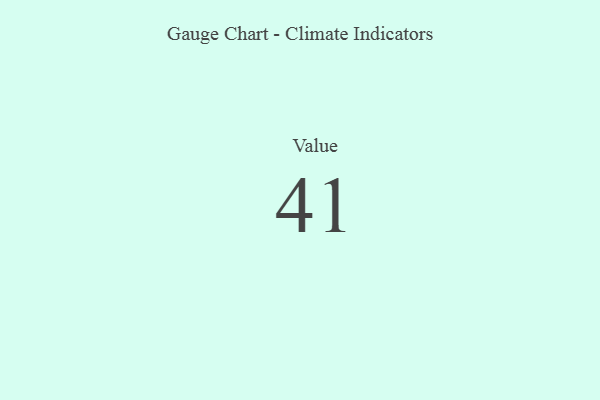
{"axis": {"x": "Metric", "y": "Value"}, "legend": [""], "data": [{"x": "Value", "y": 41, "type": ""}]}